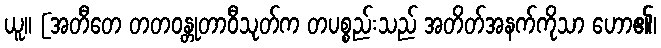
ယူ။ [အတီတေ တတဝန္တုတာဝီသုတ်က တပစ္စည်းသည် အတိတ်အနက်ကိုသာ ဟော၏၊